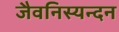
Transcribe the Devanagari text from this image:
जैवनिस्यन्दन